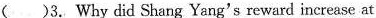
( )3.Why did Shang Yang's reward increase at